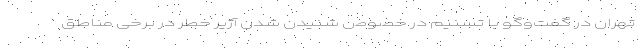
تهران در گفت‌وگو با تسنیم در خصوص شنیدن شدن آژیر خطر در برخی مناطق